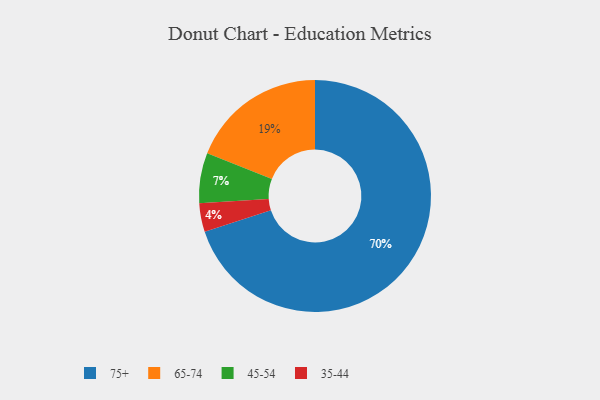
{"axis": {"x": "Category", "y": "Percentage"}, "legend": ["35-44", "45-54", "65-74", "75+"], "data": [{"x": "65-74", "y": 19, "type": "65-74"}, {"x": "45-54", "y": 7, "type": "45-54"}, {"x": "75+", "y": 70, "type": "75+"}, {"x": "35-44", "y": 4, "type": "35-44"}]}